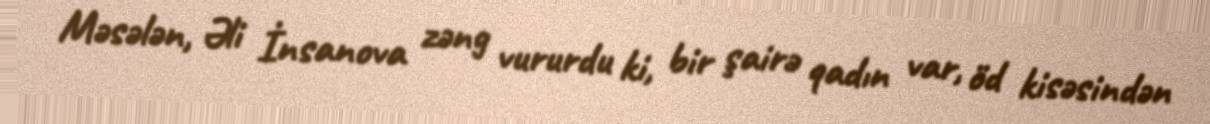
Məsələn, Əli İnsanova zəng vururdu ki, bir şairə qadın var, öd kisəsindən